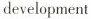
development